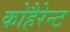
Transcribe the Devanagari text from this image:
कोहैरेन्ट